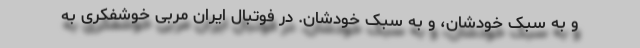
و به سبک خودشان، و به سبک خودشان. در فوتبال ایران مربی خوشفکری به